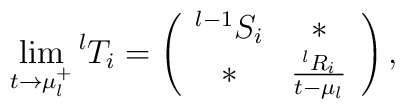
\lim_{t\rightarrow \mu_l^+}{}^{l}T_i=\left(\begin{array}{cccc}{}^{l-1}S_i & \ast \\\ast & \frac{{}^{l}R_i}{t-\mu_l}\end{array}\right),